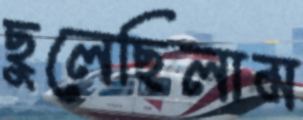
ছুলেছিলাম